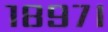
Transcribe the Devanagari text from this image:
१८९७।